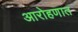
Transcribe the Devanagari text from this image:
आरोहणात